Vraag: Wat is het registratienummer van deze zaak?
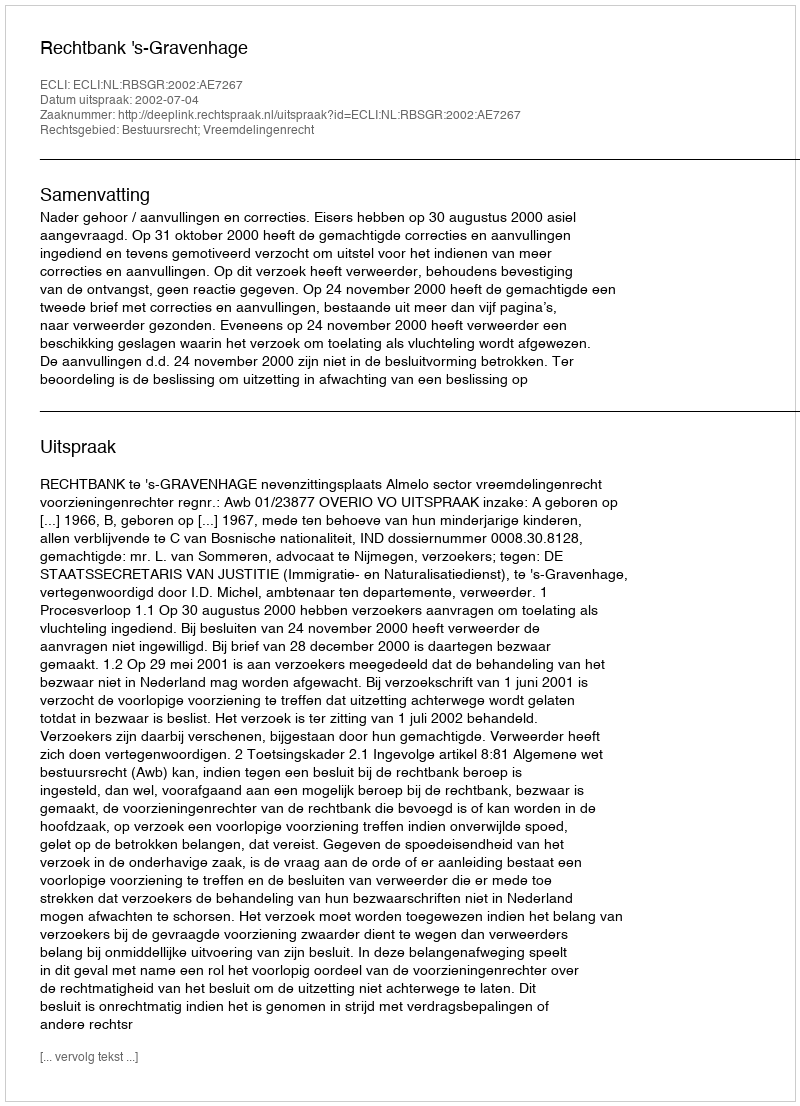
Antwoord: http://deeplink.rechtspraak.nl/uitspraak?id=ECLI:NL:RBSGR:2002:AE7267